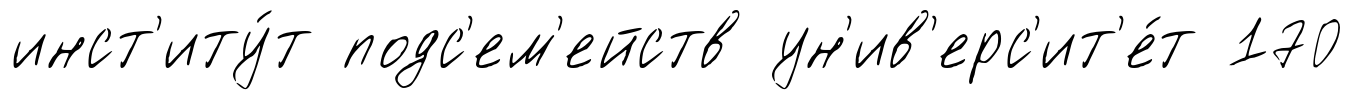
инст'иту́т подс'ем'ейств ун'ив'ерс'ит'е́т 170